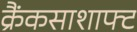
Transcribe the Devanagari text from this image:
क्रैंकसाशाफ्ट